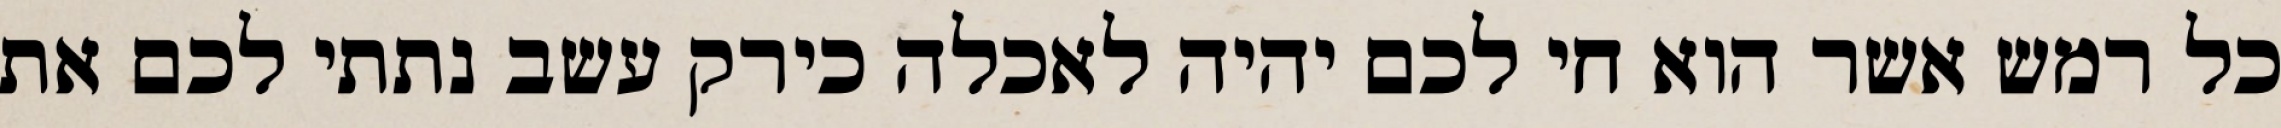
כל רמש אשר הוא חי לכם יהיה לאכלה כירק עשב נתתי לכם את